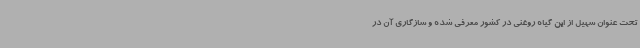
تحت عنوان سهیل از این گیاه روغنی در کشور معرفی شده و سازگاری آن در